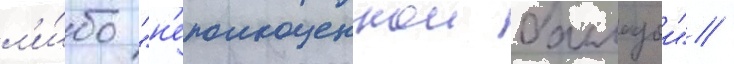
л'и́бо "н'еполноценнои балладои" /